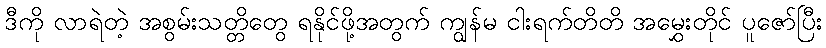
ဒီကို လာရဲတဲ့ အစွမ်းသတ္တိတွေ ရနိုင်ဖို့အတွက် ကျွန်မ ငါးရက်တိတိ အမွှေးတိုင် ပူဇော်ပြီး